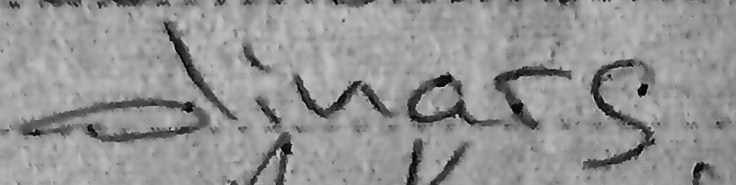
dinars